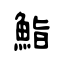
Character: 鮨